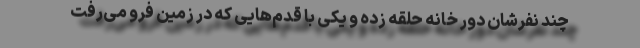
چند نفرشان دور خانه حلقه زده و یکی با قدم‌هایی که در زمین فرو می‌رفت